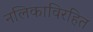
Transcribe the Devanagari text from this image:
नलिकाविरहित